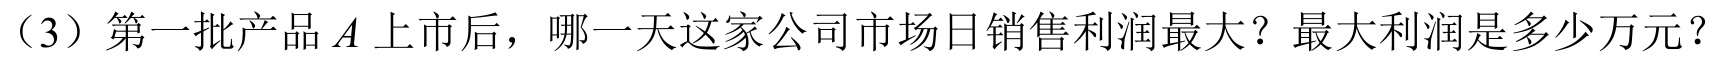
（3）第一批产品$A$上市后，哪一天这家公司市场日销售利润最大？最大利润是多少万元？